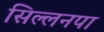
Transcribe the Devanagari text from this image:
सिल्लनपा